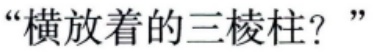
“横放着的三棱柱？”